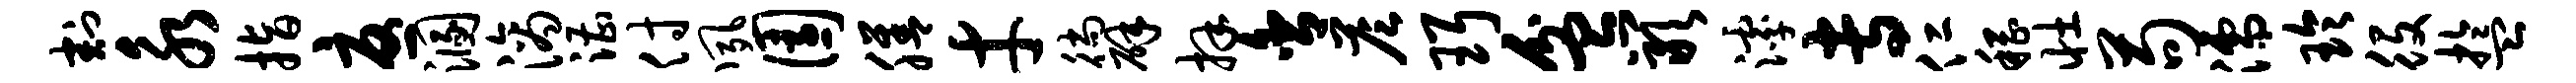
割永指忧溷滴漕付夙园膳才徜辟拜舍答珥盆岩滹专仁稽壮苟濡玲役盂